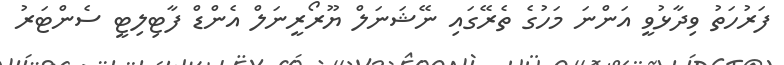
ފަރުހަތު ވިދާޅުވީ އަންނަ މަހުގެ ތެރޭގައި ނޭޝަނަލް ޔޫރޯރީނަލް އެންޑް ފާޓިލިޓީ ސެންޓަރު